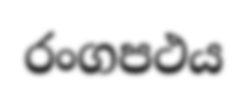
රංගපථය